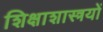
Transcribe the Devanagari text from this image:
शिक्षाशास्त्रयों